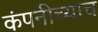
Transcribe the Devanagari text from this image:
कंपनीच्याच